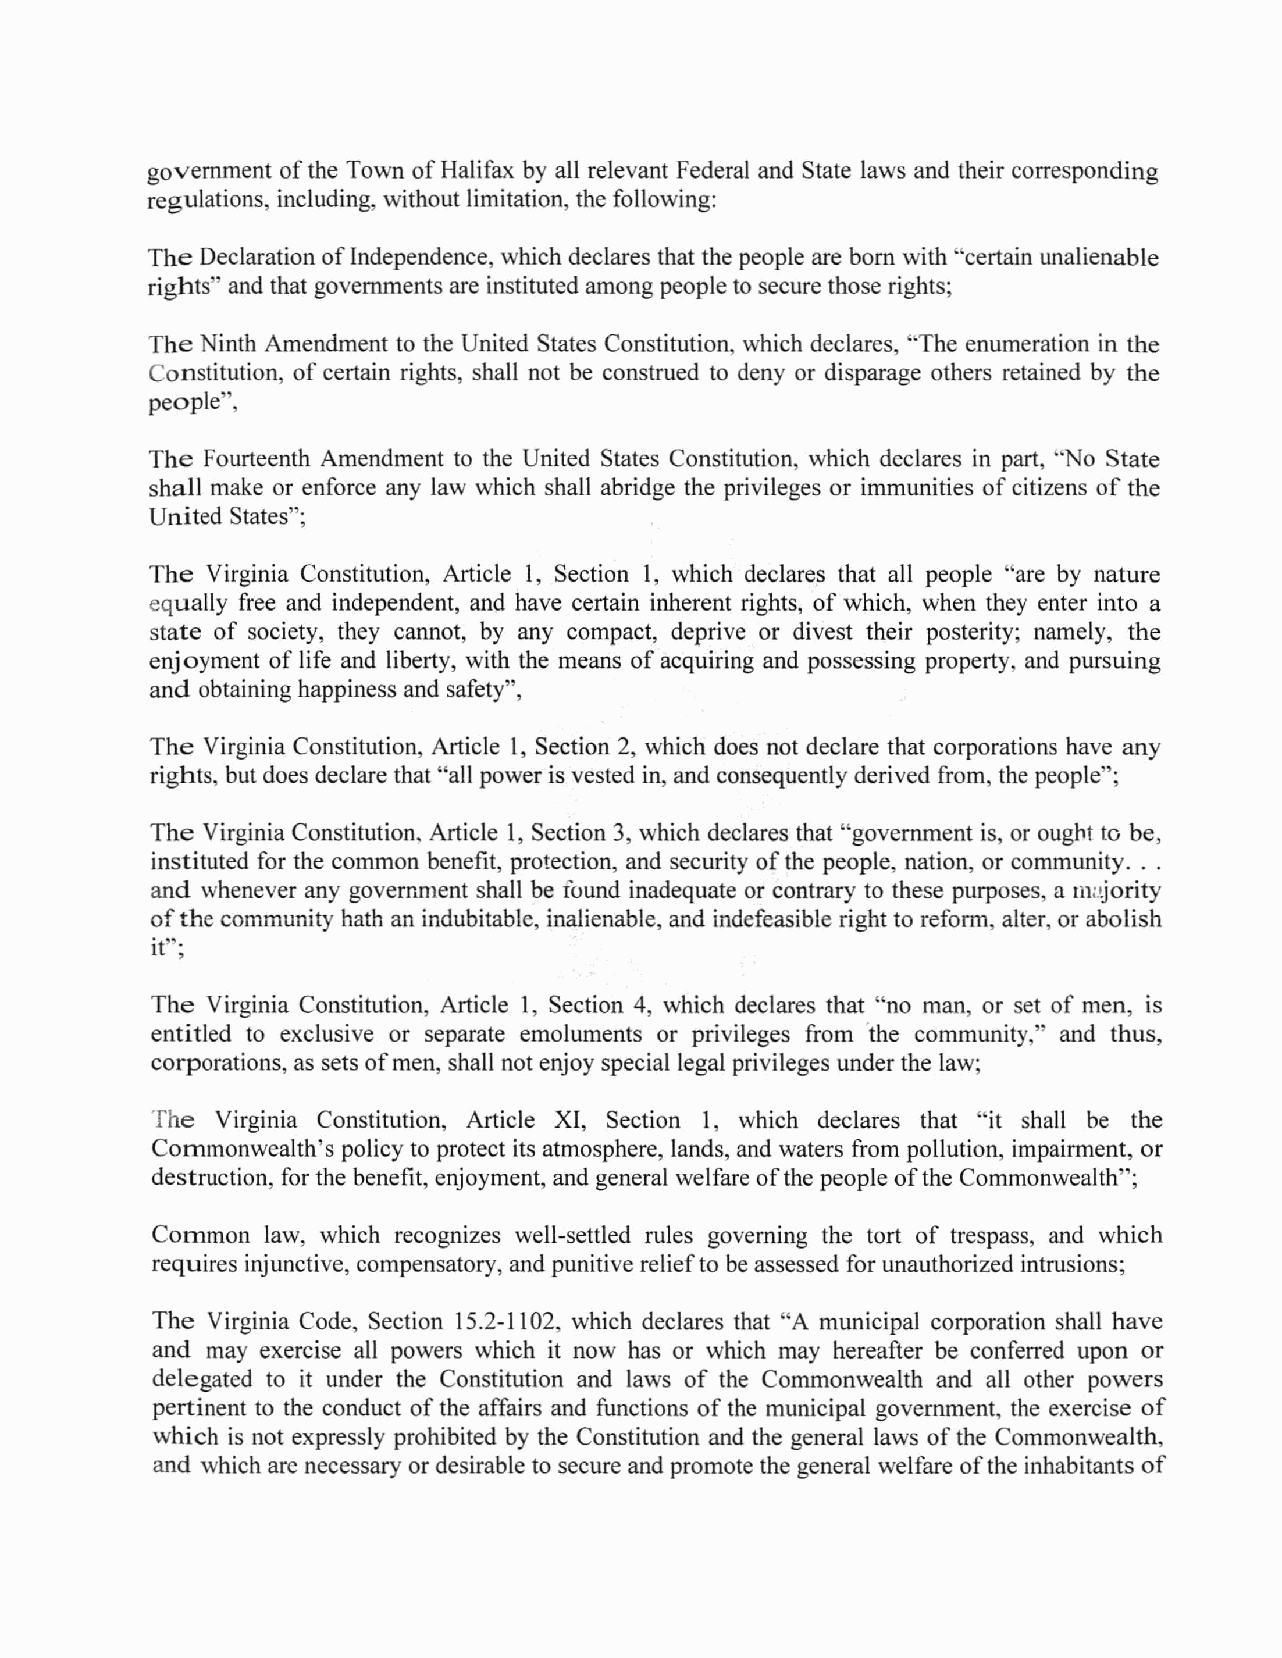
government ofthe Town ofHalifax by all relevant Federal and State laws and their corresponding
 regulations, including, without limitation, the following:
 The Declaration ofIndependence, which declares that the people are born with "certain unalienable
 rights" and that governments are instituted among peopleto secure those rights;
 The Ninth Amendment to the United States Constitution, which declares, "The enumeration in the
 Constitution, of certain rights, shall not be construed to deny or disparage others retained by the
 people",
 The Fourteenth Amendment to the United States Constitution, which declares in part, "No State
 shall make or enforce any law which shall abridge the privileges or immunities of citizens of the
 United States";
 The Virginia Constitution, Article 1, Section 1, which declares that all people "are by nature
 equally free and independent, and have certain inherent rights, of which, when they enter into a
 state of society, they cannot, by any compact, deprive or divest their posterity; namely, the
 enjoyment of life and liberty, with the means of acquiring and possessing property, and pursuing
 and obtaininghappiness and safety",
 The Virginia Constitution, Article 1, Section 2, which does not declare that corporations have any
 rights, but does declare that "all power is vested in, and consequently derived from, the people";
 The Virginia Constitution. Article 1, Section 3, which declares that "government is, or ought to be,
 instituted for the common benefit, protection, and security ofthe people, nation, or community.. .
 and whenever any government shall be found inadequate or contrary to these purposes, a majority
 ofthe community hath an indubitable, inalienable, and indefeasible right to reform, alter,or abolish
 if";
 The Virginia Constitution, Article 1, Section 4, which declares that "no man, or set of men, is
 entitled to exclusive or separate emoluments or privileges from 'the community," and thus,
 corporations,as sets ofmen, shall not enjoy special legal privileges under the law;
 The Virginia Constitution, Article XI, Section 1, which declares that "it shall be the
 Commonwealth's policy to protect its atmosphere, lands, and waters from pollution, impairment, or
 destruction, for the benefit, enjoyment,and general welfareofthe people ofthe Commonwealth";
 Common  law, which recognizes well-settled rules governing the tort of trespass, and which
 requires injunctive, compensatory,and punitive reliefto beassessed for unauthorized intrusions;
 The Virginia Code, Section 15.2-1102, which declares that "A municipal corporation shall have
 and may exercise all powers which it now has or which may hereafter be conferred upon or
 delegated to it under the Constitution and laws of the Commonwealth and all other powers
 pertinent to the conduct ofthe affairs and functions ofthe municipal government, the exercise of
 which is not expressly prohibited by the Constitution and the general laws ofthe Commonwealth,
 and which are necessary or desirable to secure and promote the general welfare ofthe inhabitants of